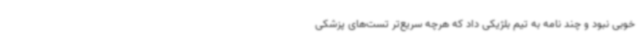
خوبی نبود و چند نامه به تیم بلژیکی داد که هرچه سریع‌تر تست‌های پزشکی